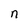
Character: n